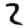
Digit: 2